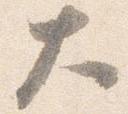
大